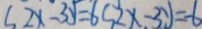
2 x - 3 y = 6 5 2 x - 3 y = - 6